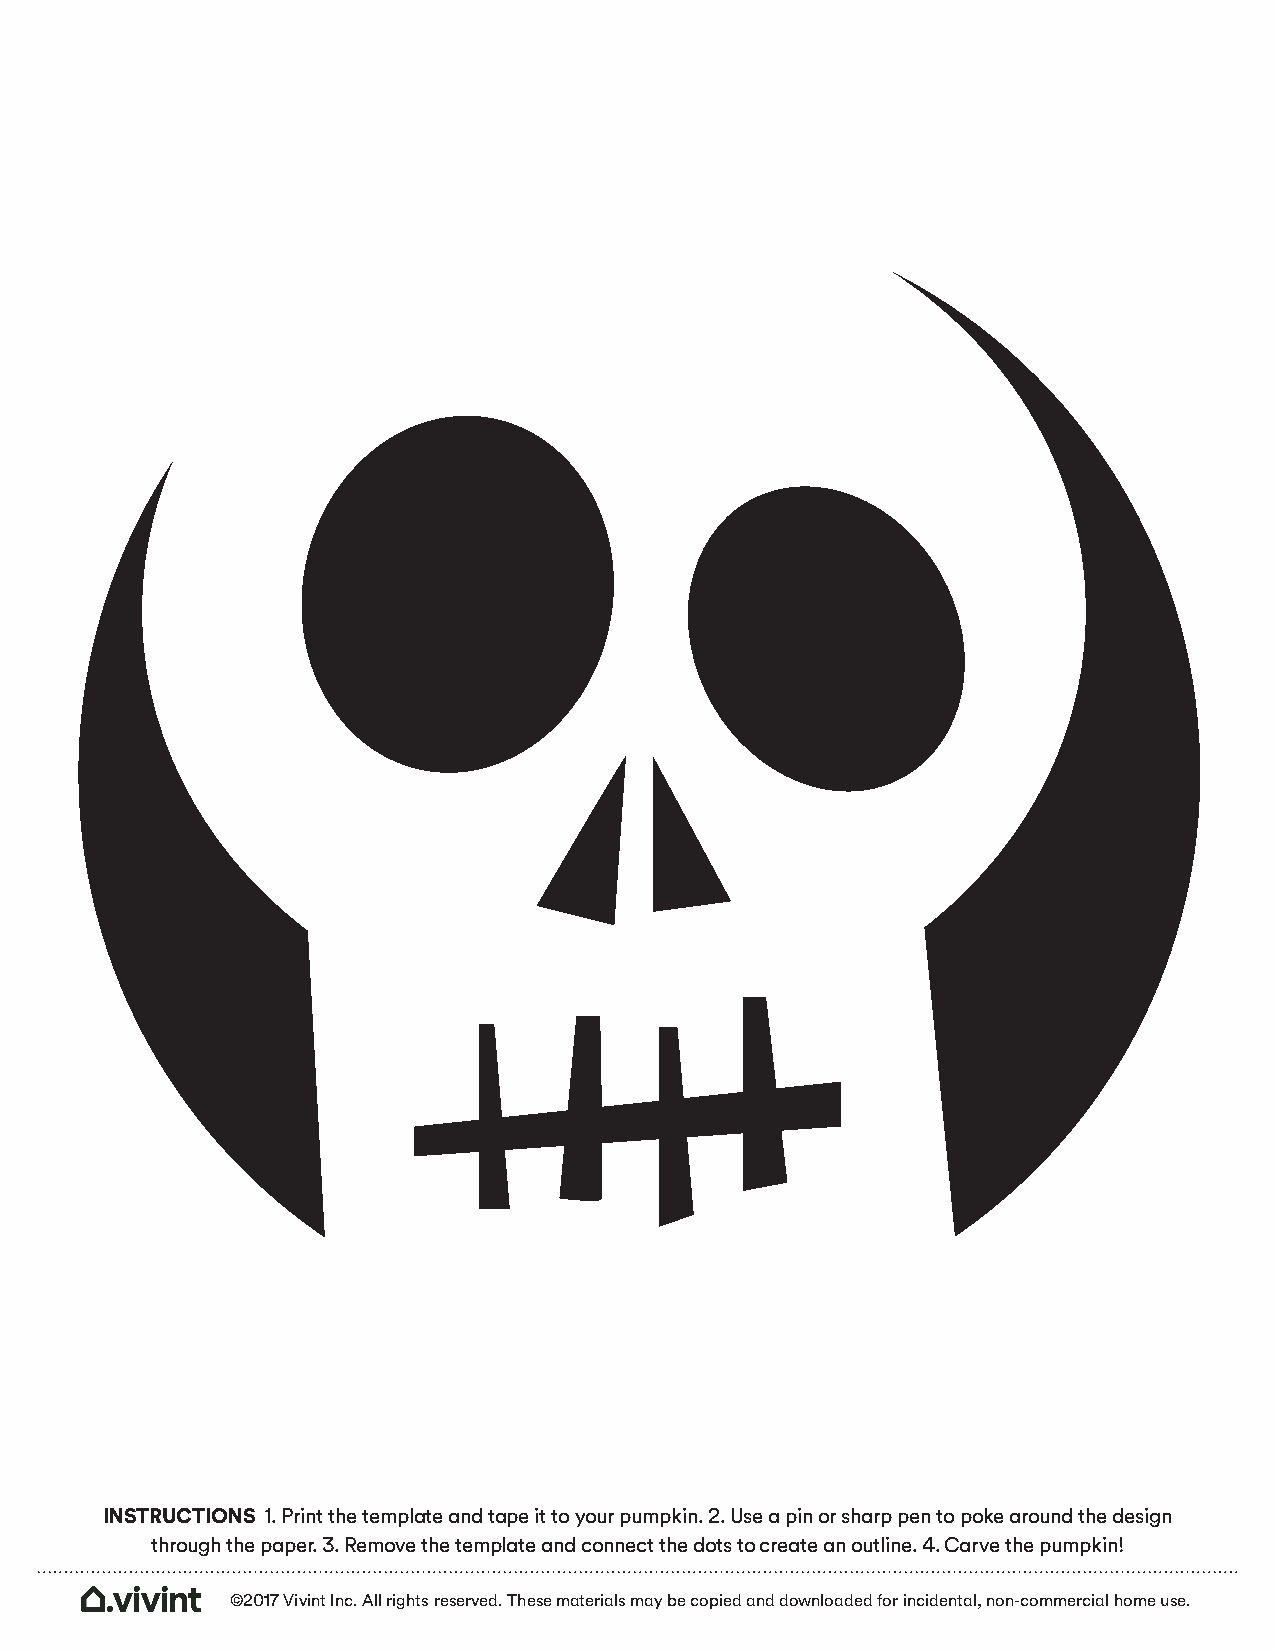
INSTRUCTIONS 1. Print the template and tape it to your pumpkin. 2. Use a pin or sharp pen to poke around the design
 through the paper. 3. Remove the template and connect the dots to create an outline. 4. Carve the pumpkin!
 ©2017 Vivint Inc. All rights reserved. These materials may be copied and downloaded for incidental, non-commercial home use.